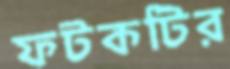
ফটকটির